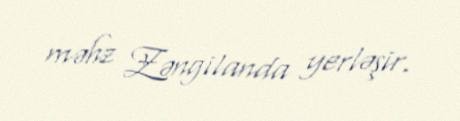
məhz Zəngilanda yerləşir.